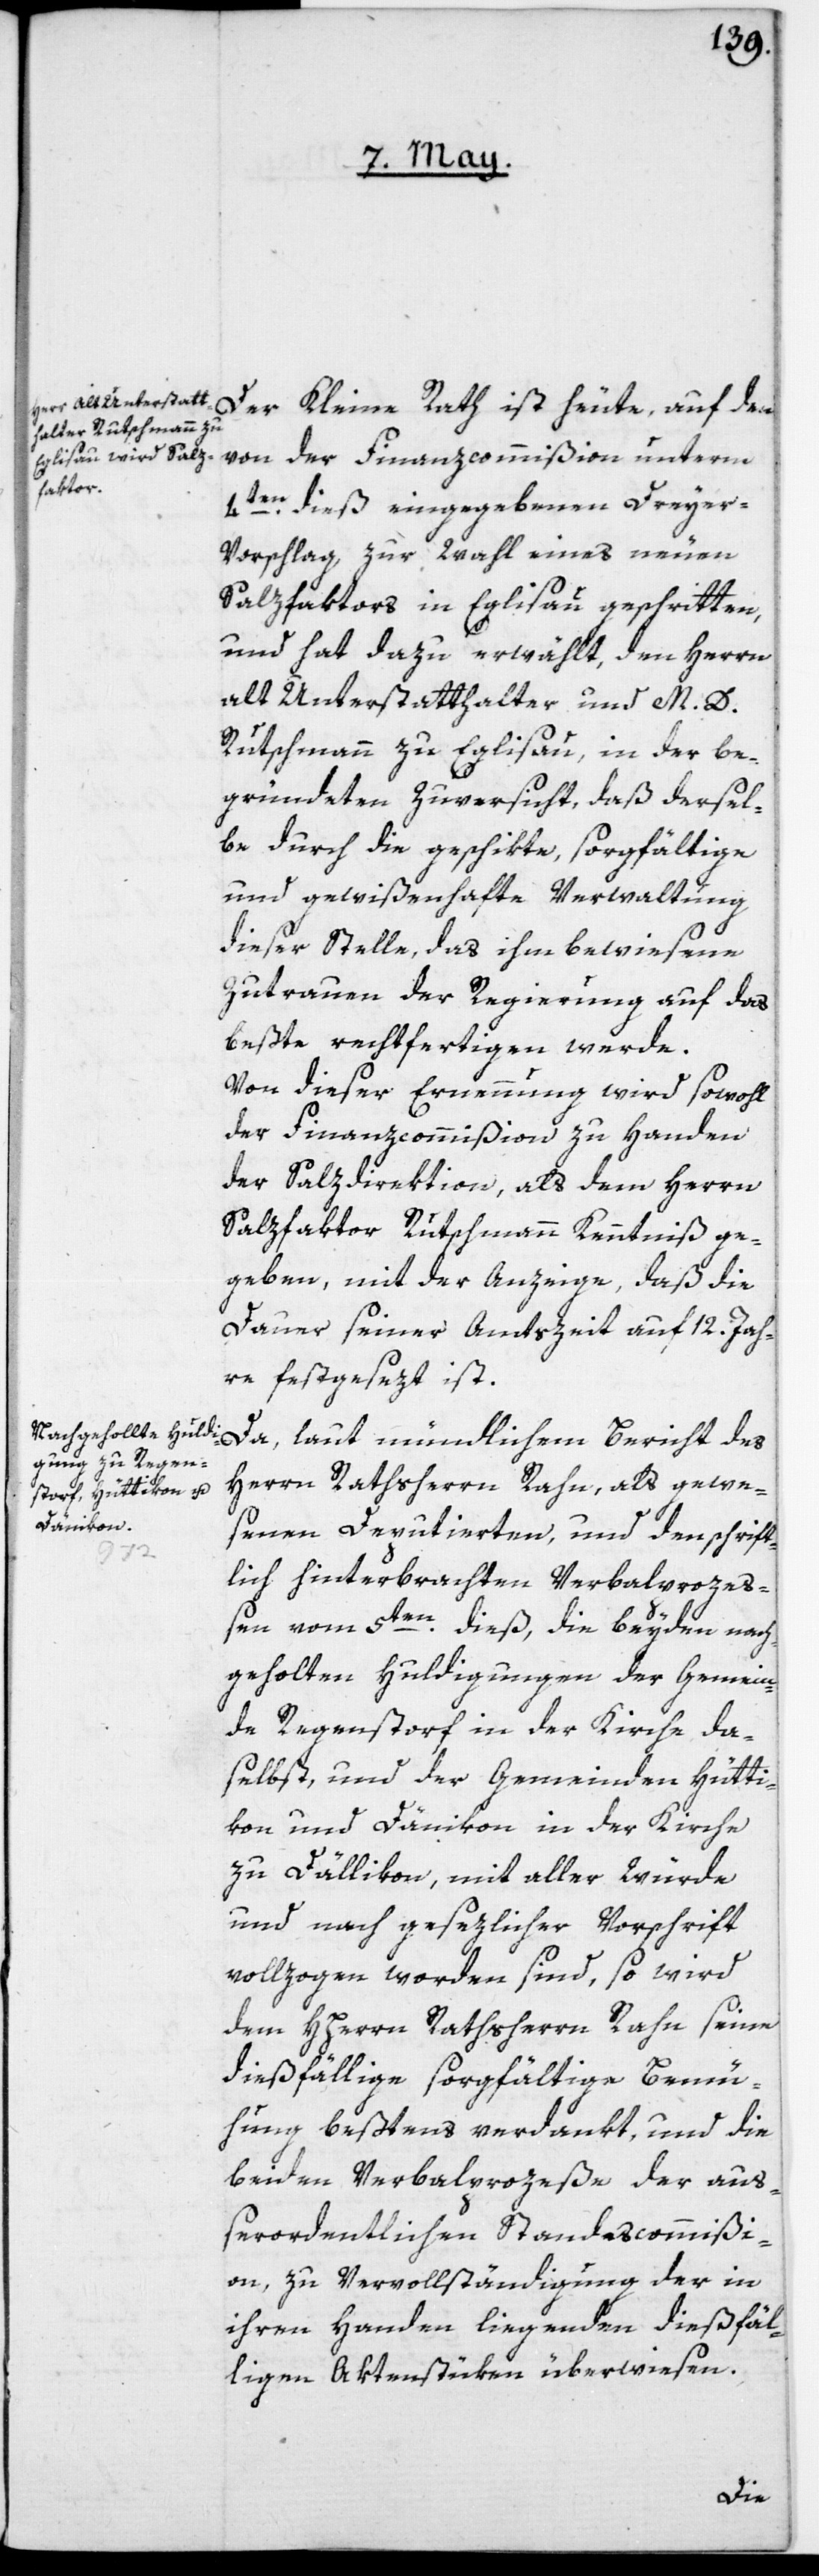
Der Kleine Rath ist heute, auf den
von der Finanzcommißion unterm
4ten dieß eingegebenen Dreyer¬
vorschlag zur Wahl eines neuen
Salzfaktors in Eglisau geschritten,
und hat dazu erwählt, den Herrn
alt Unterstatthalter und M. D.
Rutschmann zu Eglisau, in der be¬
gründeten Zuversicht, daß dersel¬
be durch die geschikte, sorgfältige
und gewißenhafte Verwaltung
dieser Stelle, das ihm bewiesene
Zutrauen der Regierung auf das
beßte rechtfertigen werde.
Von dieser Ernennung wird sowohl
der Finanzcommißion zu Handen
der Salzdirektion, als dem Herrn
Salzfaktor Rutschmann Kenntniß ge¬
geben, mit der Anzeige, daß die
Dauer seiner Amtszeit auf 12. Jah¬
re festgesezt ist.
Herrn Rathsherrn Rahn, als gewe¬
senen Deputierten, und den schrift¬
lich hinterbrachten Verbalprozeß¬
en vom 5ten dieß, die beyden nach¬
geholten Huldigungen der Gemein¬
de Regenstorf in der Kirche da¬
selbst, und der Gemeinden Hütti¬
kon und Dänikon in der Kirche
zu Dällikon, mit aller Würde
und nach gesezlicher Vorschrift
vollzogen worden sind, so wird
dem HHerrn Rathsherrn Rahn seine
dießfällige sorgfältige Bemü¬
hung beßtens verdankt, und die
beiden Verbalprozeße der auß¬
erordentlichen Standescommißi¬
on, zu Vervollständigung der in
ihren Handen liegenden dießfäl¬
ligen Aktenstüken, überwiesen.